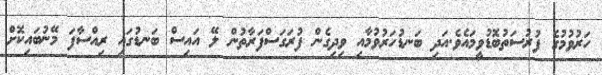
ހަރުވުމުގެ ފުރުސަތުބޮޑުވީމައެވެ.އަދި ބަނޑުހަރުވުމާއި ވިދިގެން ފުރަގަސްފަރާތުން ލޭ އައިސް ބަނޑުގައި ރިއްސާފަ މޭނުބައިކޮށް